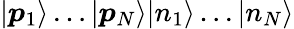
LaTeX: |\boldsymbol{p}_{1}\rangle\dots|\boldsymbol{p}_{N}\rangle|n_{1}\rangle\dots|n_{N}\rangle